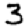
Digit: 3